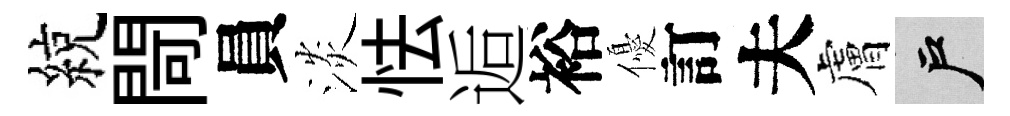
綂閜員淡怯逅裕優訂夫膚户